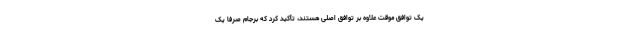
یک توافق موقت علاوه بر توافق اصلی هستند، تأکید کرد که برجام صرفا یک